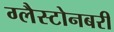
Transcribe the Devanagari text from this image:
ग्लैस्टोनबरी